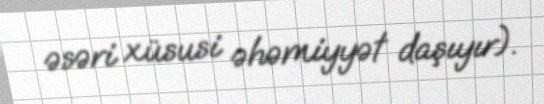
əsəri xüsusi əhəmiyyət daşıyır).